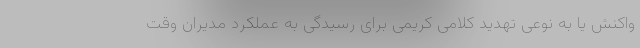
واکنش یا به نوعی تهدید کلامی کریمی برای رسیدگی به عملکرد مدیران وقت